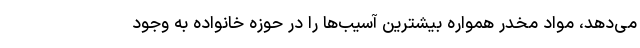
می‌دهد، مواد مخدر همواره بیشترین آسیب‌ها را در حوزه خانواده به وجود